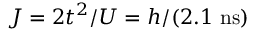
J = 2 t ^ { 2 } / U = h / ( 2 . 1 ~ \mathrm { n s } )